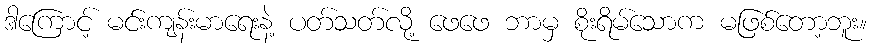
ဒါကြောင့် မင်းကျန်းမာရေးနဲ့ ပတ်သတ်လို့ ဖေဖေ ဘာမှ စိုးရိမ်သောက မဖြစ်တော့ဘူး။